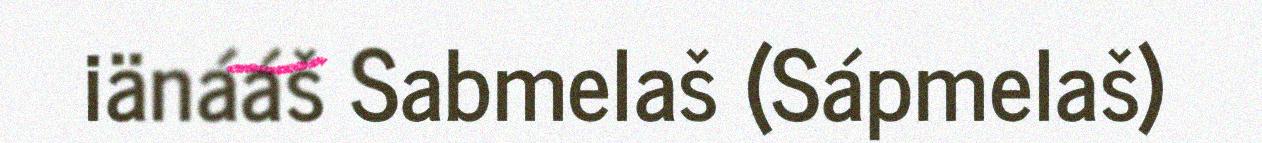
iänááš Sabmelaš (Sápmelaš)